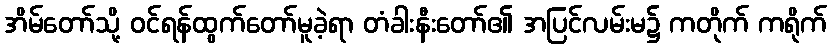
အိမ်တော်သို့ ဝင်ရန်ထွက်တော်မူခဲ့ရာ တံခါးနီးတော်၏ အပြင်လမ်းမ၌ ကတိုက် ကရိုက်